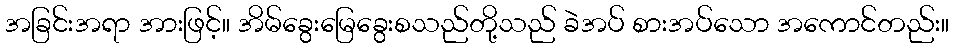
အခြင်းအရာ အားဖြင့်။ အိမ်ခွေးမြေခွေးစသည်တို့သည် ခဲအပ် စားအပ်သော အကောင်တည်း။